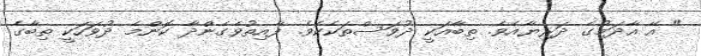
" އޭ އާދަމުގެ ދަރިޔާއެވެ. ތިބާއަކީ ދުވަސްތަކެކެވެ. ފާއިތުވެގެންދާ ކޮންމެ ދުވަހަކީ ތިބާގެ